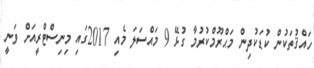
ހައްޤުތަކުން ކުޑަކުދިން މަޙްރޫމްކުރުމާ ގުޅޭ 9 މައްސަލަ މެއި 2017ގައި މިނިސްޓްރީއަށް ވަނީ